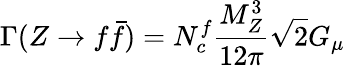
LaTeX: \Gamma(Z\rightarrow f\bar{f})=N_{c}^{f}\frac{M_{Z}^{3}}{12\pi}\sqrt{2}G_{\mu}